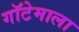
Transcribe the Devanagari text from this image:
गॉटेमाला